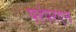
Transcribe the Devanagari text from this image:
परंपरएन